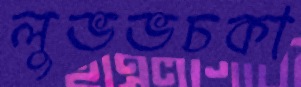
লুভভচকা